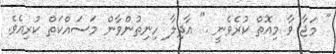
" މަޖާ ވާ މިއޮތް ކުރެވެނީ ." އާދިލާ ހިނިތުންވާން މަސައްކަތް ކުރިއެވެ.